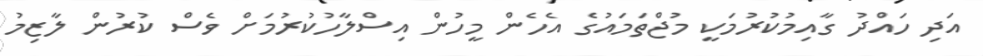
އަދި ހައްދު ގާއިމުކުރުމަކީ މުޖްތަމައުގެ އެހެން މީހުން އިސްލާހުކުރުމަށް ވެސް ކުރުން ލާޒިމު